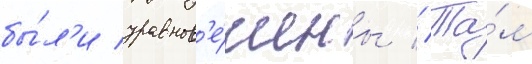
бы́л'и уравнов'е́шены // Та́м